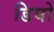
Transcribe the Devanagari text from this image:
डिघो